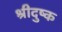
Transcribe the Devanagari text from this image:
श्रीदुष्क